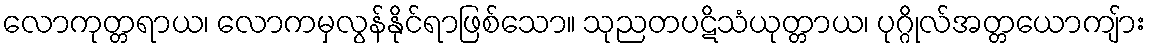
လောကုတ္တရာယ၊ လောကမှလွန်နိုင်ရာဖြစ်သော။ သုညတပဋိသံယုတ္တာယ၊ ပုဂ္ဂိုလ်အတ္တယောကျ်ား